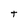
Character: t